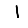
Digit: 1